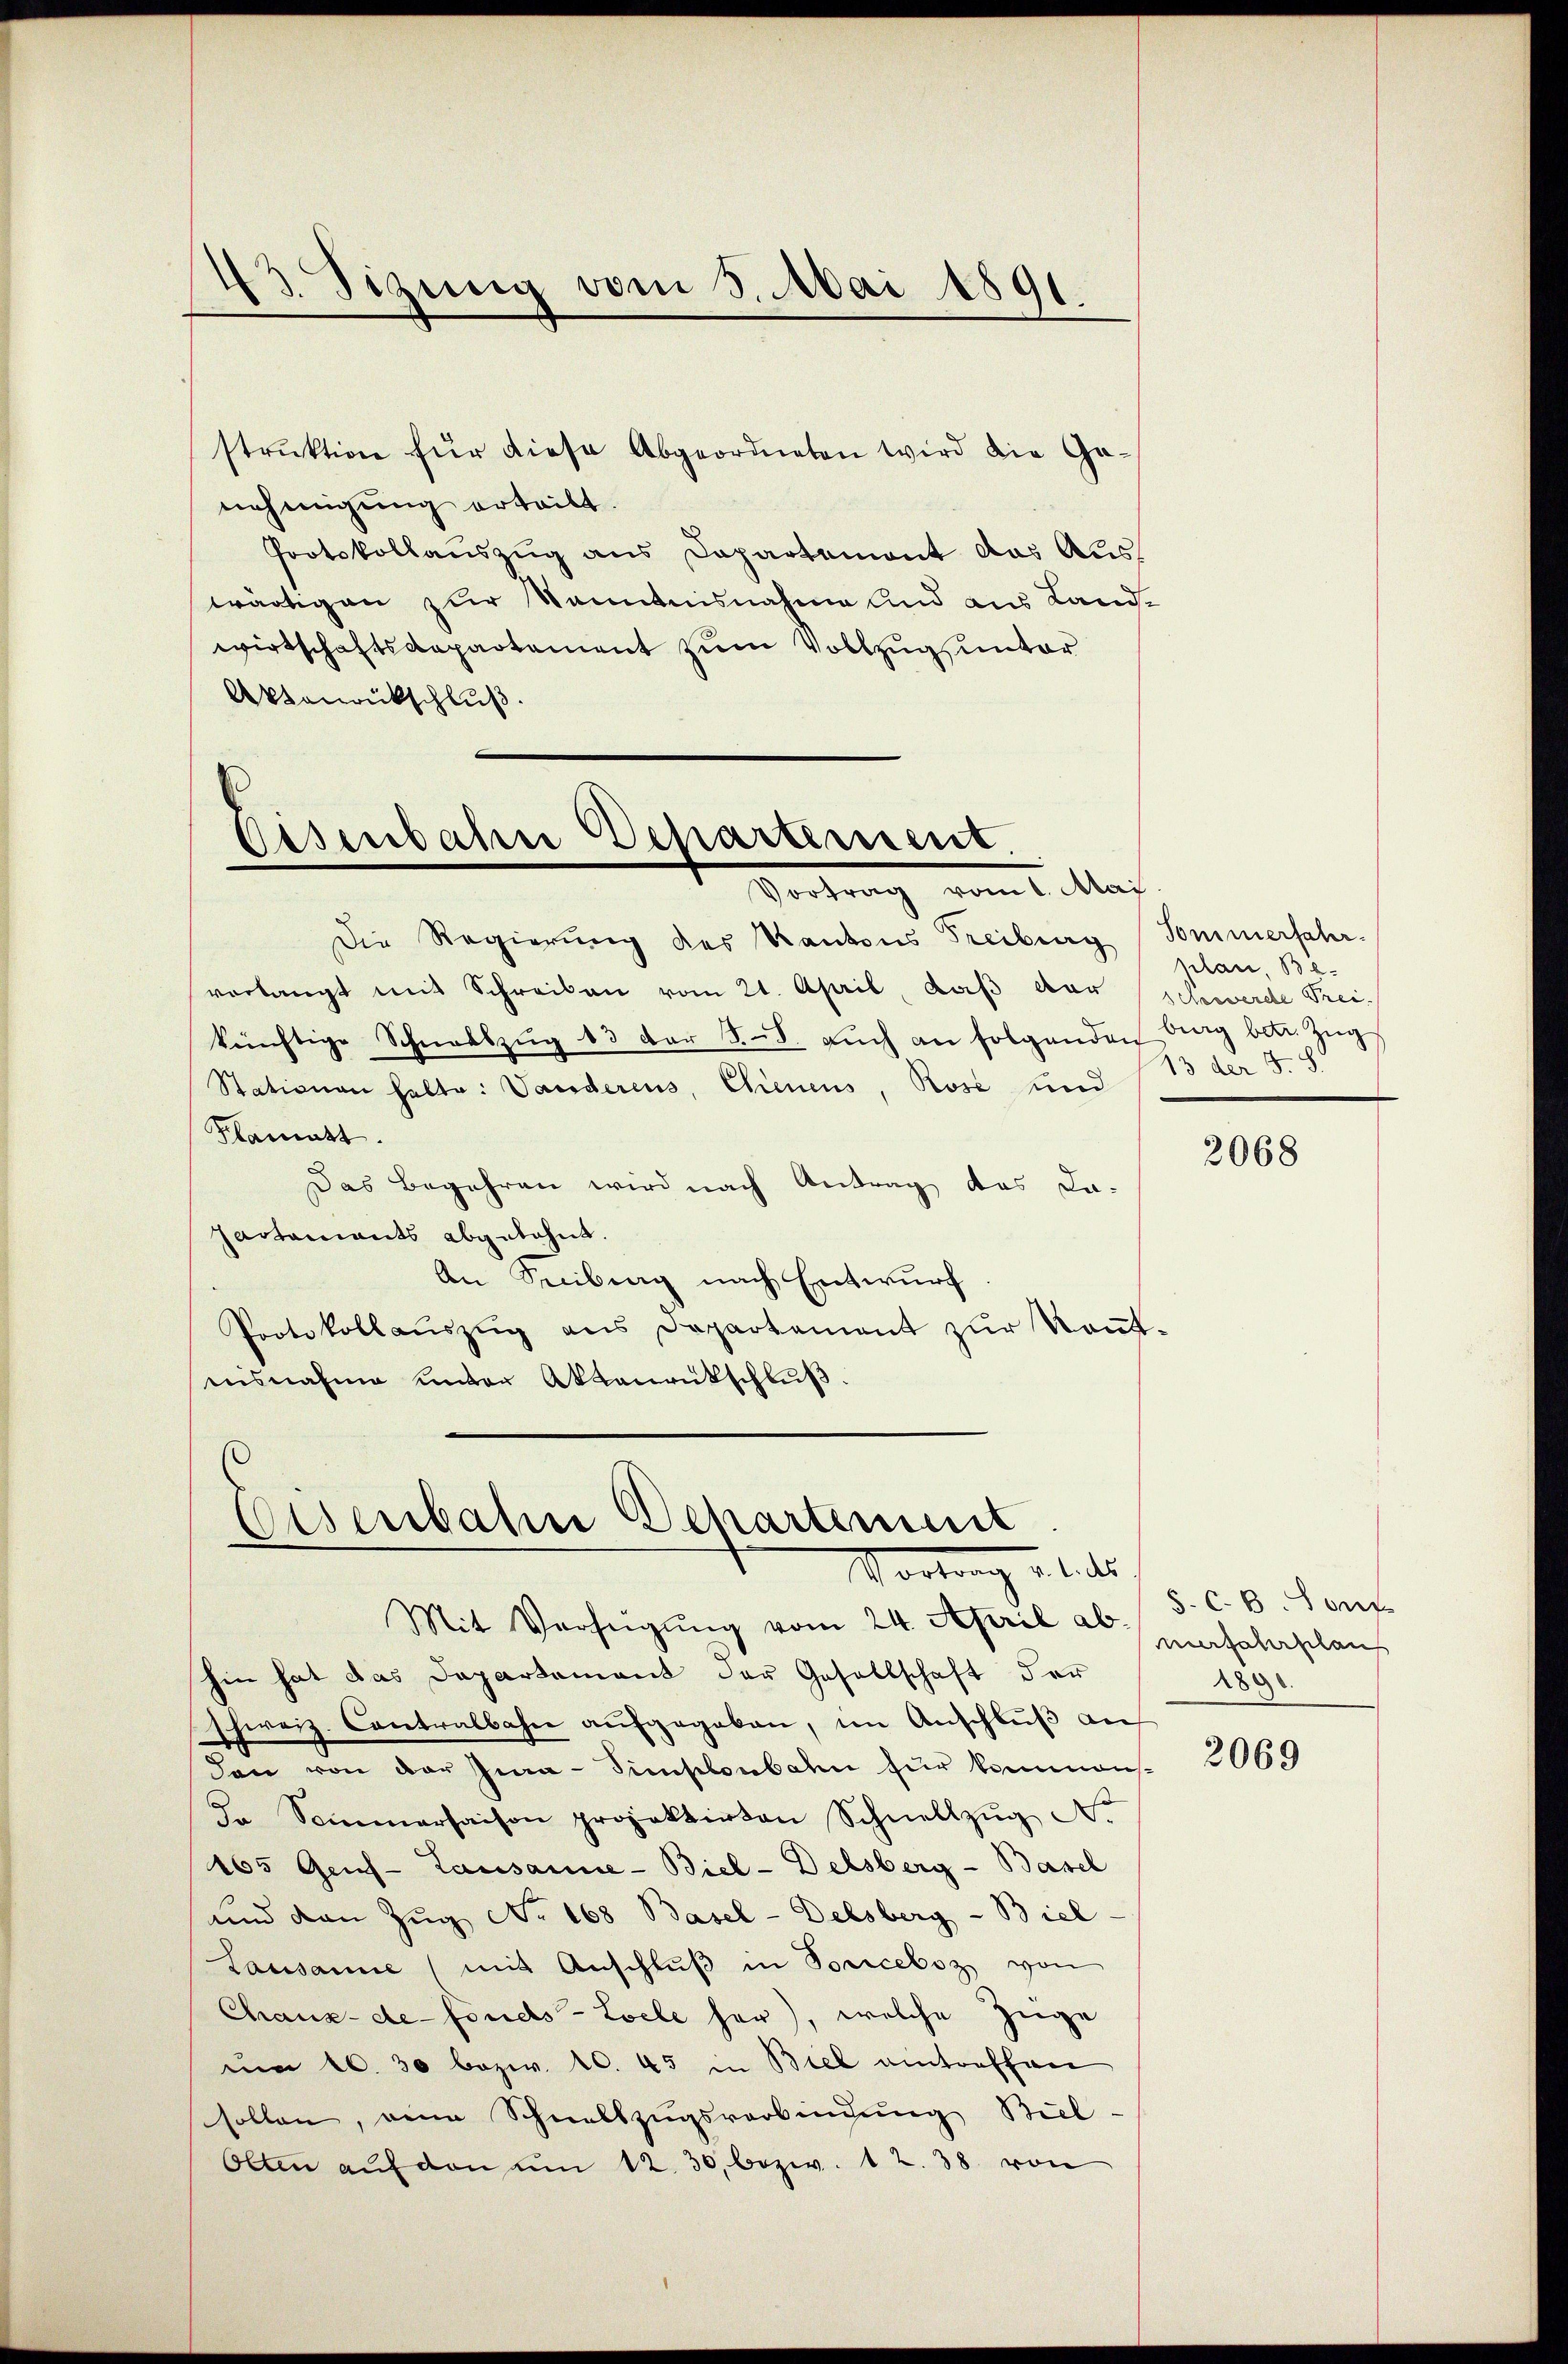
Sitzung vom 3. Mai 1891.

strŭktion für diese Abgeordneten wird die Ge-
nehmigung erteilt.
Protokollauszug aus Dapartement das Auswärtigen zur Kenntnisnahme und aus Landwirtschaftsdepartement zum Vollzug, unter
Aktourückschluß.

Disenbahn Departement.
Vortrag vom 1. Ma

Die Regierung des Kantons Freiburg (Sommerfahr-
verlangt mit Schreiben vom 21. April, daß der Schwerde Freikünftige Schnabszŭg 13 der §. 8. aŭch an folgenden Berg betr. Zŭg
Stationen halte: Vanderens, Chienens, Rose und
Klamatt.
Das Begehren wird nach Antrag des La-
actamants abgelehnt.
An Secibung nach Entwurf
Protokollaŭszŭg ans Departement zŭr Keṅt-
nisnahme unter Aktenrütschluß.

Eisenbahne Departement
ds

Mit Verfügung vom 24. April ab, maschschaus
hin hat das Departement der Gesellschaft der
schweiz. Contralbahn aŭfgegeben, im Anschlŭβ an
den von der Jia-Simploubahn für kommens-
Jr Sommerhaison projektirten Schnellzŭg A.
165 Gens- Lausanne-Biel-Delsberg - Basel
und von Zŭg No. 168 Basel - Delsberg - Biel-
Lausanne (mit Anschlŭβ in Sonceboz von
Chaux-de-Fonds- Coele her), welche Züge
um 10. 30 bezw. 10. 45 in Biel antreffen
sollen, eine Schnellzugsverbindung Biel-
Olten aŭf den um 12. 30. bezw. 12. 38 von

e
plan, Be¬
13 der J. S.

2068

8. C. B. Sont
2890.

2069